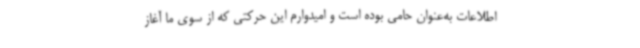
اطلاعات به‌عنوان حامی بوده است و امیدوارم این حرکتی که از سوی ما آغاز